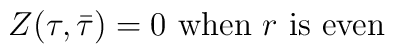
Z(\tau,\bar\tau)=0~{\rm when}~r~{\rm is ~ even}